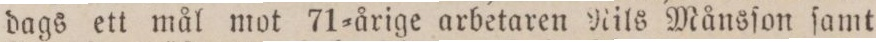
dags ett mål mot 71=årige arbetaren Nils Månsſon ſamt